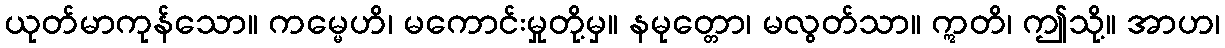
ယုတ်မာကုန်သော။ ကမ္မေဟိ၊ မကောင်းမှုတို့မှ။ နမုတ္တော၊ မလွတ်သာ။ ဣတိ၊ ဤသို့။ အာဟ၊